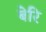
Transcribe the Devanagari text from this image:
बेरि